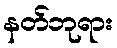
နတ်ဘုရား